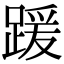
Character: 𫏖